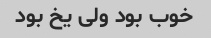
خوب بود ولی یخ بود